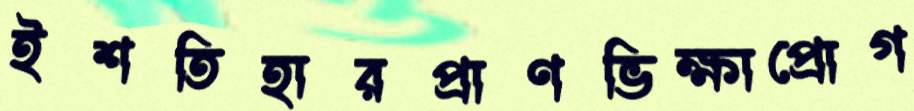
ইশতিহারপ্রাণভিক্ষাপ্রোগ